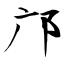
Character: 邝